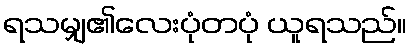
ရသမျှ၏လေးပုံတပုံ ယူရသည်။